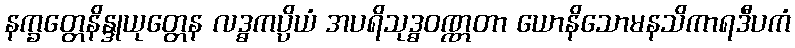
နက္ခတ္တေနိန္ဒုယုတ္တေန လဒ္ဓကပ္ပိယံ အပရိသုဒ္ဓဝဏ္ဏတာ ယောနိသောမနသိကာရဒီပကံ